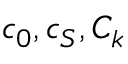
c _ { 0 } , c _ { S } , C _ { k }